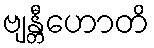
ဗျန္တီဟောတိ